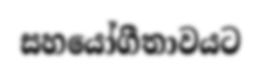
සහයෝගීතාවයට